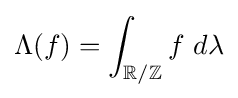
\Lambda (f)=\int _{\mathbb {R} /\mathbb {Z} }f\ d\lambda